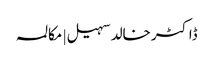
ڈاکٹر خالد سہیل | مکالمہ